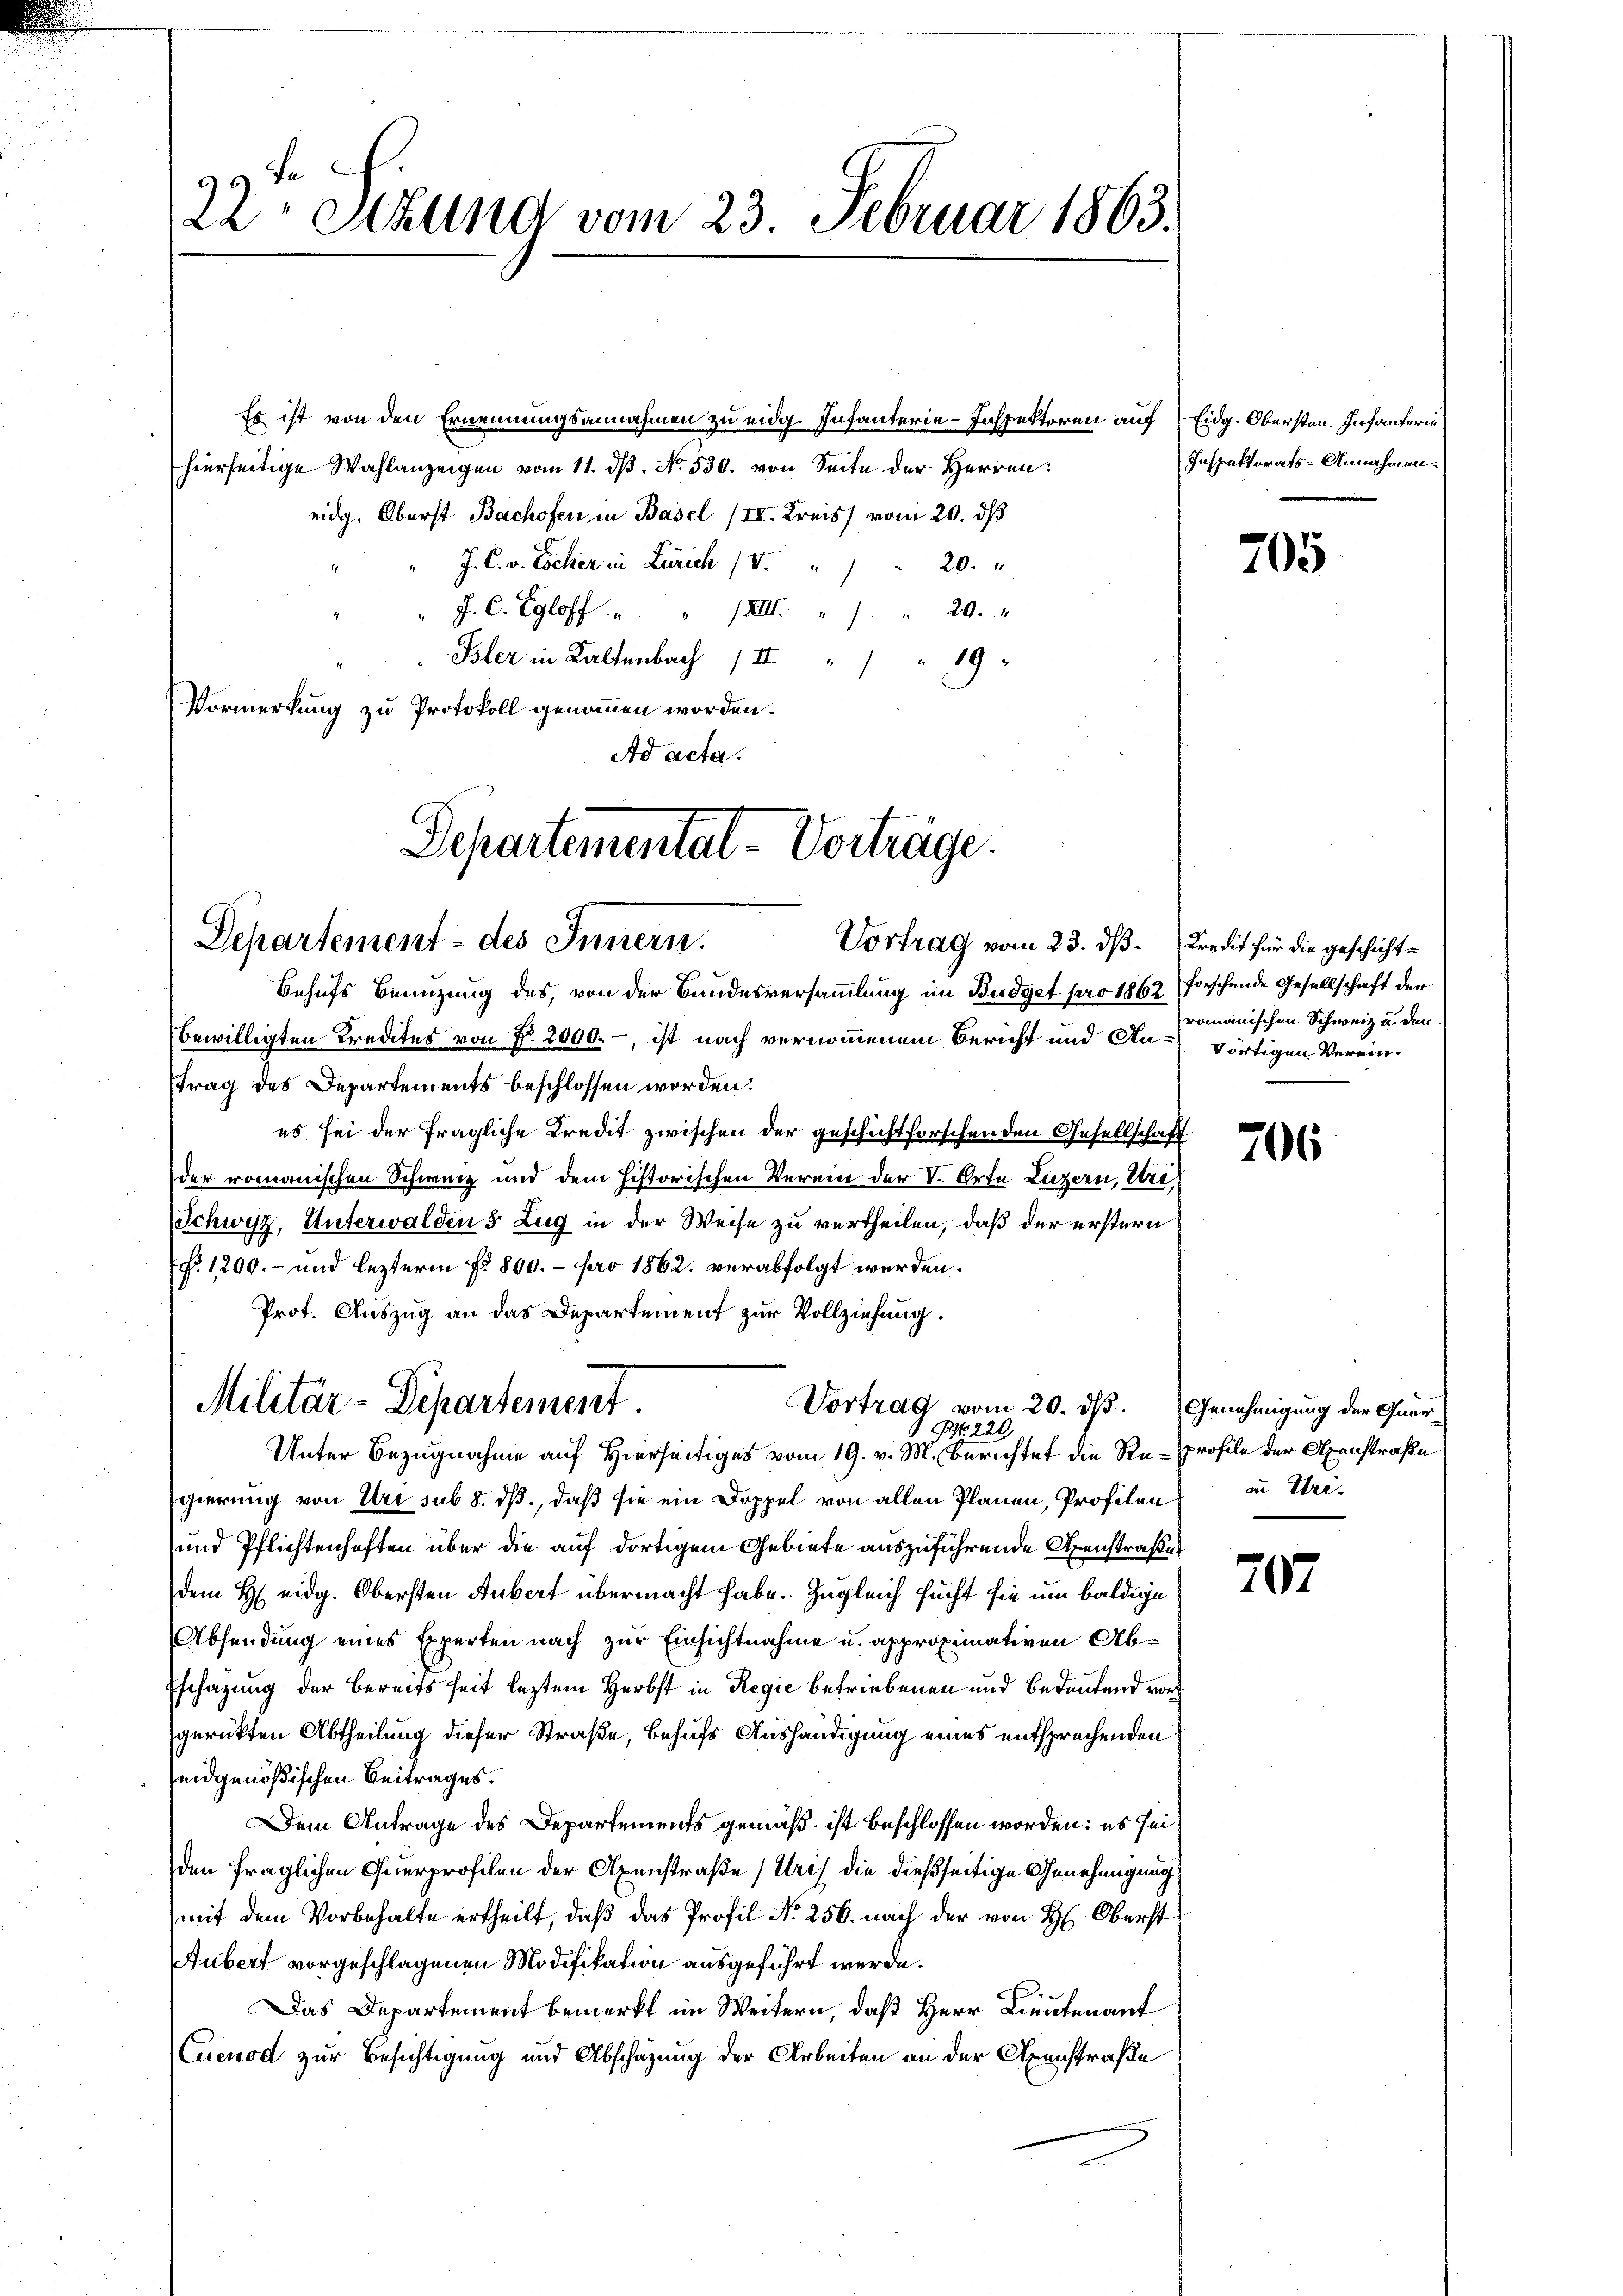
96
22 etzung vom 23. Februar 1863.

Es ist von den Ernennungsannahmen zu eidg. Infanterie-Inspektoren auf Eidg. Obersten. Infanterin
hierseitige Wahlanzeigen vom 11. dβ. No. 530. von Seite der Herren:
eidg. Oberst Bachofen in Basel (II. Kreis vom 20. ds
J. C. v. Escher in Zürich / 5. " " " 20.
J. C. Egloff " " XIII. " " 20.
Bsler in Kaltenbach II. " " 19
Vormerkung zu Protokoll genommen worden.
Ad acta.

Departemental-Vorträge.
Departement - des Innern.

Behufs Benuzung des, von der Bandesversammlung im Budget pro 1862 forschende Gesellschaft der
bewilligten Kredites von Nr. 2000.-, ist nach vernommenem Bericht und An- dortigen Vereintrag des Departements beschlossen worden.
es sei der fragliche Kredit zwischen der geschichtforschenden Gesellschaft
der romanischen Schweiz und dem historischen Verein der V. Orte Luzern, Uri,
Schwyz, Unterwalden 5. Zug in der Weise zu vertheilen, daß der erstern
f. 1200.- und lezterm No. 800. - pro 1862. verabfolgt werden.
Prot. Auszug an das Departement zur Vollziehung.

Vortrag vom 23. ds Kredit für die geschicht¬

Militär-Departement
Vortrag vom 20. ds.
NNo. 220.
Unter Bezugnahme auf Hierseitiges vom 19. v. M. Berichtet die Re-profile der Axenstraße

Inspektorats-Annahmen.

gierung von Uri sub 8. ds., daß sie ein Doppel von allen Planen, Profilen in Uri¬
und Pflichtenhaften über die auf dortigem Gebiete auszuführende Axenstraßes
dem H. eidg. Obersten Aubert übermacht habe. Zugleich sucht sie um baldige
Absendung eines Experten nach zur Einsichtnahme u. approximativen Ab¬
Eschazung der bereits seit leztem Herbst in Regić betriebenen und Bedeutend vor
gerückten Abtheilung dieser Straße, behufs Aushändigung eines entsprechenden
eidgenößischen Beitrages.
Dem Antrage des Departements gemäß ist beschlossen worden: es sei
den fraglichen Querprofilen der Alpenstraße (Uris die dießseitige Genehmigung
mit dem Vorbehalte ertheilt, daß das Profil No 256. nach der von H. Oberst
Aubert vorgeschlagenen Modifikation ausgeführt werde.
.
Das Departement bemerkt im Weitern, daß Herr Lieutenant
Cuenod zur Besichtigung und Abschazung der Arbeiten an der Axenstraße

705

romanischen Schweiz u. den

706

Genehmigung der Quer¬

707